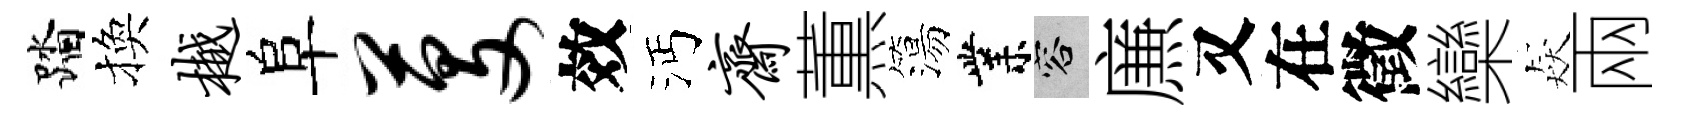
踏換樾阜芟效沔斋薫簜業容㢘又在徵欒猋兩